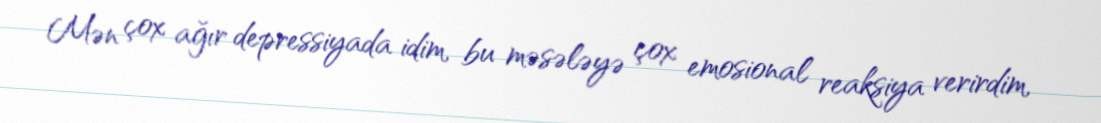
Mən çox ağır depressiyada idim, bu məsələyə çox emosional reaksiya verirdim,